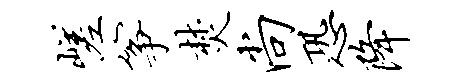
嵯筝焚尚恐降